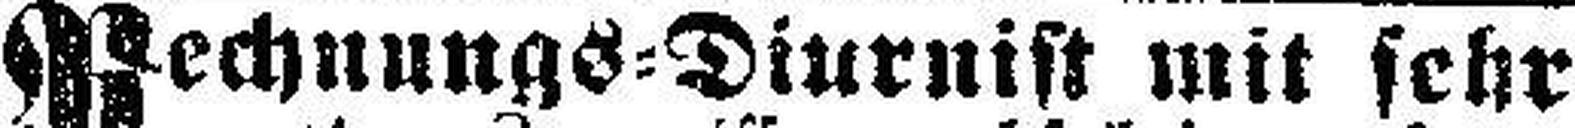
Rechnungs=Diurnist mit sehr